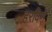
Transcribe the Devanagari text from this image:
हरविणे